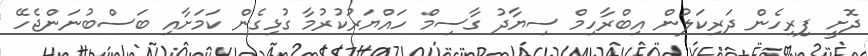
ދޮށީ ފިރިހެން ދަރިކަލުން އިބްރާހިމް ސިޔާދު ގާސިމް ހައްޔަރުކުރުމާ ގުޅިގެން ކަމަށާއި ބަސްބުނަންޖެހޭ